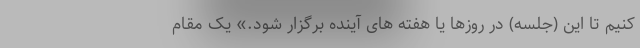
کنیم تا این (جلسه) در روزها یا هفته های آینده برگزار شود.» یک مقام